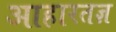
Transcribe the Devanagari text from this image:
आहारतज्ञ